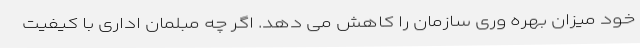
خود میزان بهره وری سازمان را کاهش می دهد. اگر چه مبلمان اداری با کیفیت